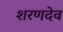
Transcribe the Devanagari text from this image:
शरणदेव